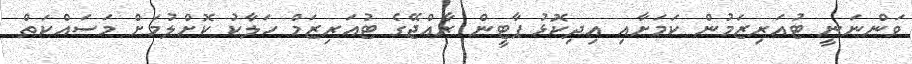
ވަންނަނީ ޓުއަރިޒަމުން ކަމަށާއި އިދިކޮޅު ޕާޓީން ރާއްޖޭގެ ޓުއަރިޒަމް ހަލާކު ކޮށްލުމަށް މަސައްކަތް